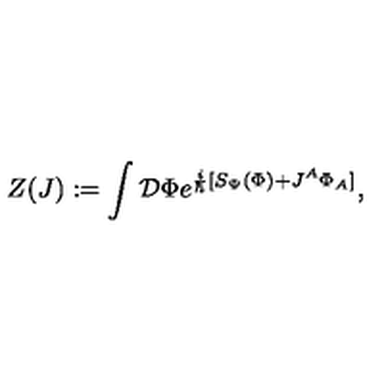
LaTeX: Z ( J ) : = \int { \cal { D } } \Phi e ^ { \frac { i } { \hbar } [ S _ { \Psi } ( \Phi ) + J ^ { A } \Phi _ { A } ] } ,